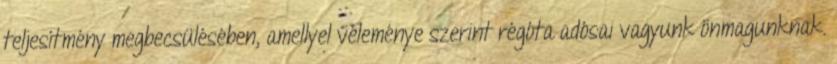
teljesítmény megbecsülésében, amellyel véleménye szerint régóta adósai vagyunk önmagunknak.